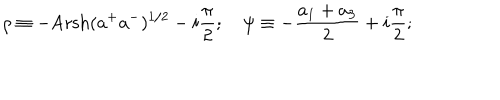
\rho \equiv - \mathrm { A r } \mathrm { s h } ( a ^ { + } a ^ { - } ) ^ { 1 / 2 } - i \frac { \pi } { 2 } ; \quad \psi \equiv - \frac { a _ { 1 } + a _ { 3 } } { 2 } + i \frac { \pi } { 2 } ;